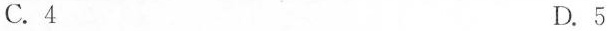
C.4 D.5